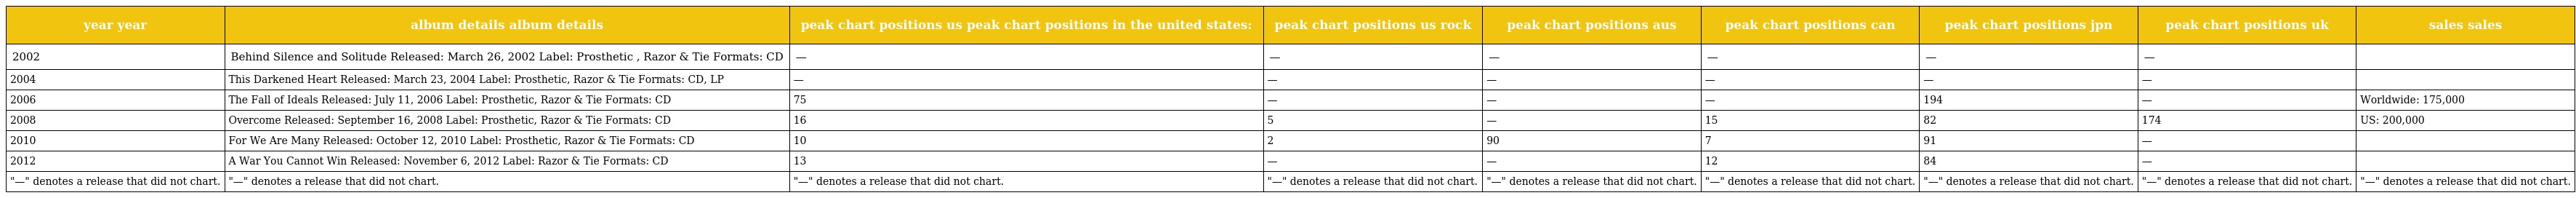
| year year | album details album details | peak chart positions us peak chart positions in the united states: | peak chart positions us rock | peak chart positions aus | peak chart positions can | peak chart positions jpn | peak chart positions uk | sales sales |
 | --- | --- | --- | --- | --- | --- | --- | --- | --- |
 | 2002 | Behind Silence and Solitude Released: March 26, 2002 Label: Prosthetic , Razor & Tie Formats: CD | — | — | — | — | — | — |  |
 | 2004 | This Darkened Heart Released: March 23, 2004 Label: Prosthetic, Razor & Tie Formats: CD, LP | — | — | — | — | — | — |  |
 | 2006 | The Fall of Ideals Released: July 11, 2006 Label: Prosthetic, Razor & Tie Formats: CD | 75 | — | — | — | 194 | — | Worldwide: 175,000 |
 | 2008 | Overcome Released: September 16, 2008 Label: Prosthetic, Razor & Tie Formats: CD | 16 | 5 | — | 15 | 82 | 174 | US: 200,000 |
 | 2010 | For We Are Many Released: October 12, 2010 Label: Prosthetic, Razor & Tie Formats: CD | 10 | 2 | 90 | 7 | 91 | — |  |
 | 2012 | A War You Cannot Win Released: November 6, 2012 Label: Razor & Tie Formats: CD | 13 | — | — | 12 | 84 | — |  |
 | "—" denotes a release that did not chart. | "—" denotes a release that did not chart. | "—" denotes a release that did not chart. | "—" denotes a release that did not chart. | "—" denotes a release that did not chart. | "—" denotes a release that did not chart. | "—" denotes a release that did not chart. | "—" denotes a release that did not chart. | "—" denotes a release that did not chart. |